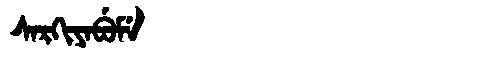
Manchu: ᠰᠠᡵᡴᡳᠶᠠᠪᡠᠮᡝ
Romanization: SARKIYABUME